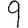
Digit: 9